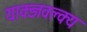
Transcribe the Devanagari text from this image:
याक्ज्ञवल्क्य